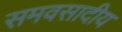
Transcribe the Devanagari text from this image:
समवसादीय